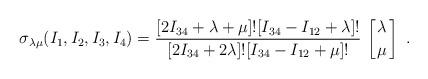
LaTeX: \begin{align*}\sigma_{\lambda\mu} (I_1,I_2,I_3,I_4)={[2I_{34}+\lambda+\mu]![I_{34}-I_{12}+\lambda]!\over[2I_{34}+2\lambda]![I_{34}-I_{12}+\mu]!}\,\left[{\lambda\atop\mu}\right] \ .\end{align*}